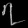
Digit: ၇